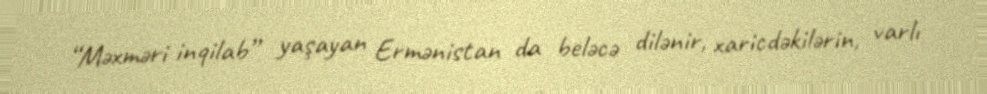
“Məxməri inqilab” yaşayan Ermənistan da beləcə dilənir, xaricdəkilərin, varlı